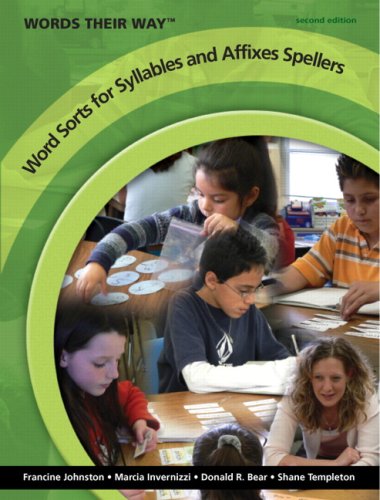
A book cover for Words Their Way Word Sorts for Syllables and Affixes Spellers (2nd Edition); Francine A. Johnston; Education & Teaching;